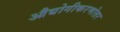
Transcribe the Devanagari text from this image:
औद्योगीकरणोत्तर